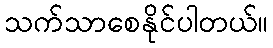
သက်သာစေနိုင်ပါတယ်။